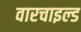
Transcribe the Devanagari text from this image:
वारचाइल्ड